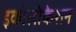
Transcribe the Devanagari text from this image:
इकोलोकेशन